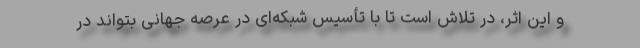
و این اثر، در تلاش است تا با تأسیس شبکه‌ای در عرصه جهانی بتواند در